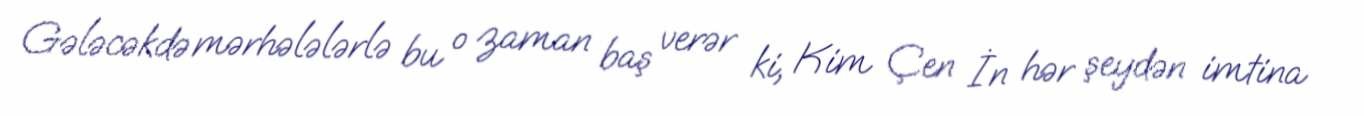
Gələcəkdə mərhələlərlə bu o zaman baş verər ki, Kim Çen İn hər şeydən imtina